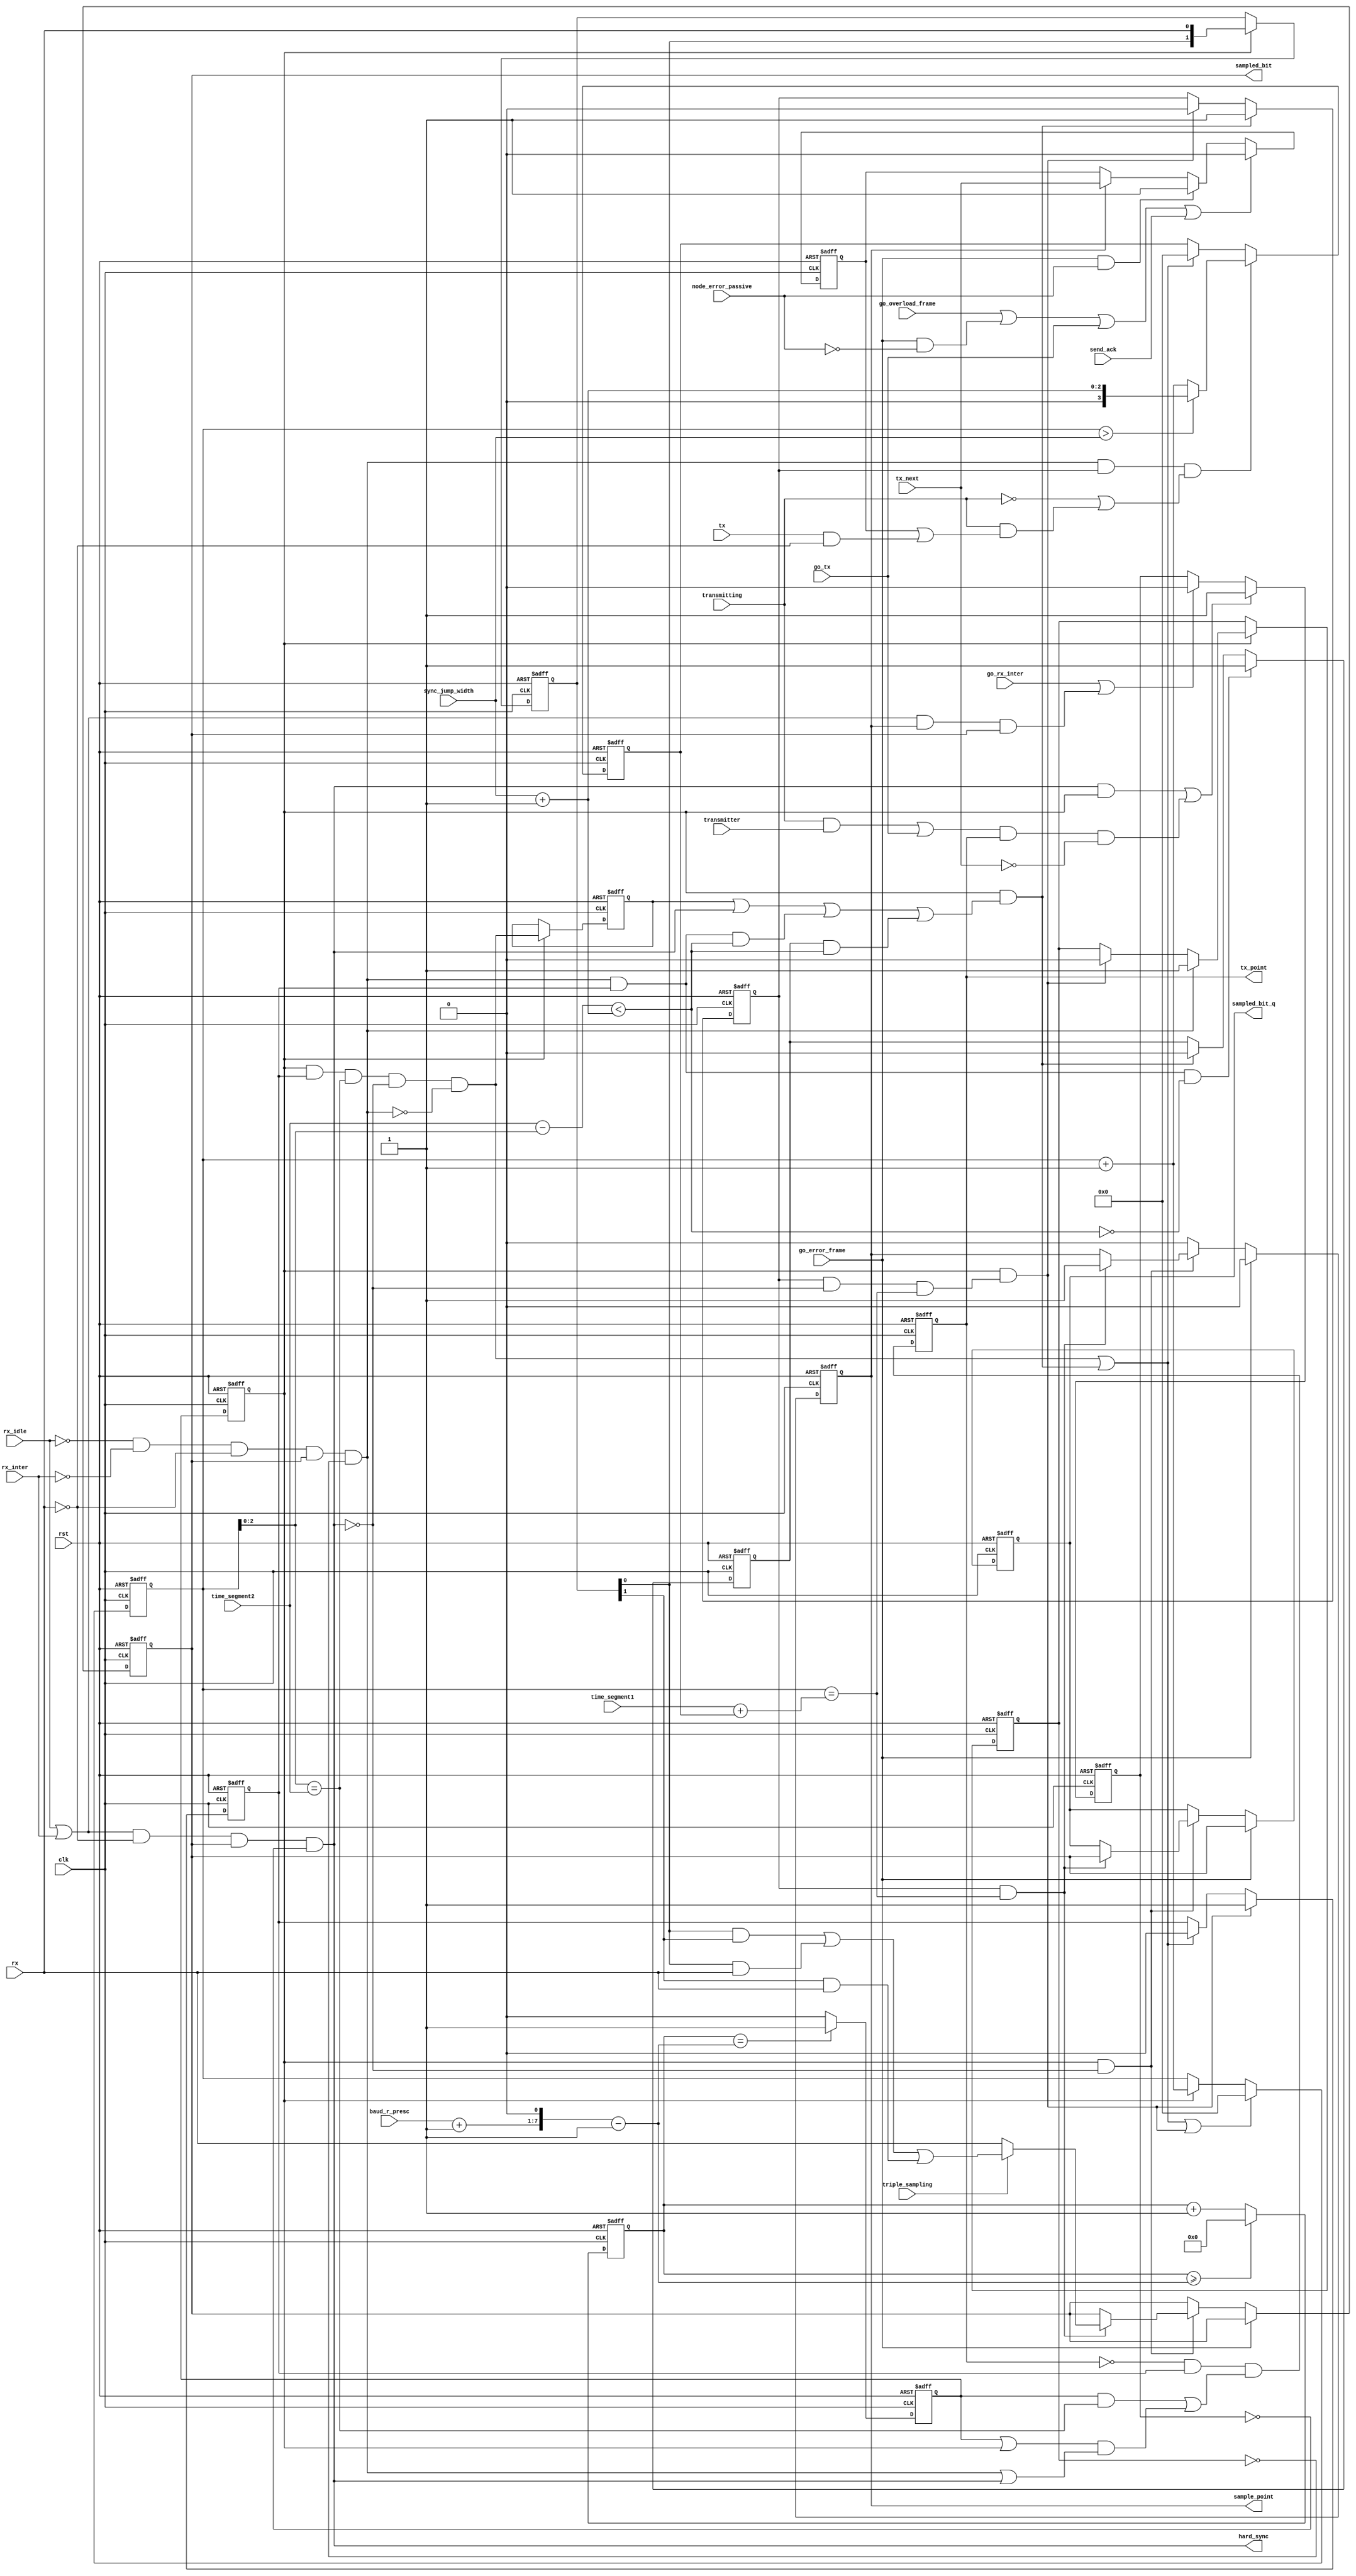
module can_btl
( 
  clk,
  rst,
  rx,
  tx,

  /* Bus Timing 0 register */
  baud_r_presc,
  sync_jump_width,

  /* Bus Timing 1 register */
  time_segment1,
  time_segment2,
  triple_sampling,

  /* Output signals from this module */
  sample_point,
  sampled_bit,
  sampled_bit_q,
  tx_point,
  hard_sync,
  
  /* Output from can_bsp module */
  rx_idle,
  rx_inter,
  transmitting,
  transmitter,
  go_rx_inter,
  tx_next,

  go_overload_frame,
  go_error_frame,
  go_tx,
  send_ack,
  node_error_passive
);

parameter Tp = 1;

input         clk;
input         rst;
input         rx;
input         tx;


/* Bus Timing 0 register */
input   [5:0] baud_r_presc;
input   [1:0] sync_jump_width;

/* Bus Timing 1 register */
input   [3:0] time_segment1;
input   [2:0] time_segment2;
input         triple_sampling;

/* Output from can_bsp module */
input         rx_idle;
input         rx_inter;
input         transmitting;
input         transmitter;
input         go_rx_inter;
input         tx_next;

input         go_overload_frame;
input         go_error_frame;
input         go_tx;
input         send_ack;
input         node_error_passive;

/* Output signals from this module */
output        sample_point;
output        sampled_bit;
output        sampled_bit_q;
output        tx_point;
output        hard_sync;

reg     [6:0] clk_cnt;
reg           clk_en;
reg           clk_en_q;
reg           sync_blocked;
reg           hard_sync_blocked;
reg           sampled_bit;
reg           sampled_bit_q;
reg     [3:0] quant_cnt;
reg     [3:0] delay;
reg           sync;
reg           seg1;
reg           seg2;
reg           resync_latched;
reg           sample_point;
reg     [1:0] sample;
reg           tx_point;
reg           tx_next_sp;

wire          go_sync;
wire          go_seg1;
wire          go_seg2;
wire [7:0]    preset_cnt;
wire          sync_window;
wire          resync;


assign preset_cnt = (baud_r_presc + 1'b1)<<1;        // (BRP+1)*2
assign hard_sync  =   (rx_idle | rx_inter)    & (~rx) & sampled_bit & (~hard_sync_blocked);  // Hard synchronization
assign resync     =  (~rx_idle) & (~rx_inter) & (~rx) & sampled_bit & (~sync_blocked);       // Re-synchronization



/* Generating general enable signal that defines baud rate. */
always @ (posedge clk or posedge rst)
begin
  if (rst)
    clk_cnt <= 7'h0;
  else if (clk_cnt >= (preset_cnt-1'b1))
    clk_cnt <=#Tp 7'h0;
  else
    clk_cnt <=#Tp clk_cnt + 1'b1;
end


always @ (posedge clk or posedge rst)
begin
  if (rst)
    clk_en  <= 1'b0;
  else if ({1'b0, clk_cnt} == (preset_cnt-1'b1))
    clk_en  <=#Tp 1'b1;
  else
    clk_en  <=#Tp 1'b0;
end



always @ (posedge clk or posedge rst)
begin
  if (rst)
    clk_en_q  <= 1'b0;
  else
    clk_en_q  <=#Tp clk_en;
end



/* Changing states */
assign go_sync = clk_en_q & seg2 & (quant_cnt[2:0] == time_segment2) & (~hard_sync) & (~resync);
assign go_seg1 = clk_en_q & (sync | hard_sync | (resync & seg2 & sync_window) | (resync_latched & sync_window));
assign go_seg2 = clk_en_q & (seg1 & (~hard_sync) & (quant_cnt == (time_segment1 + delay)));



always @ (posedge clk or posedge rst)
begin
  if (rst)
    tx_point <= 1'b0;
  else
    tx_point <=#Tp ~tx_point & seg2 & (  clk_en & (quant_cnt[2:0] == time_segment2)
                                       | (clk_en | clk_en_q) & (resync | hard_sync)
                                      );    // When transmitter we should transmit as soon as possible.
end



/* When early edge is detected outside of the SJW field, synchronization request is latched and performed when
   SJW is reached */
always @ (posedge clk or posedge rst)
begin
  if (rst)
    resync_latched <= 1'b0;
  else if (resync & seg2 & (~sync_window))
    resync_latched <=#Tp 1'b1;
  else if (go_seg1)
    resync_latched <= 1'b0;
end



/* Synchronization stage/segment */
always @ (posedge clk or posedge rst)
begin
  if (rst)
    sync <= 1'b0;
  else if (clk_en_q)
    sync <=#Tp go_sync;
end


/* Seg1 stage/segment (together with propagation segment which is 1 quant long) */
always @ (posedge clk or posedge rst)
begin
  if (rst)
    seg1 <= 1'b1;
  else if (go_seg1)
    seg1 <=#Tp 1'b1;
  else if (go_seg2)
    seg1 <=#Tp 1'b0;
end


/* Seg2 stage/segment */
always @ (posedge clk or posedge rst)
begin
  if (rst)
    seg2 <= 1'b0;
  else if (go_seg2)
    seg2 <=#Tp 1'b1;
  else if (go_sync | go_seg1)
    seg2 <=#Tp 1'b0;
end


/* Quant counter */
always @ (posedge clk or posedge rst)
begin
  if (rst)
    quant_cnt <= 4'h0;
  else if (go_sync | go_seg1 | go_seg2)
    quant_cnt <=#Tp 4'h0;
  else if (clk_en_q)
    quant_cnt <=#Tp quant_cnt + 1'b1;
end


/* When late edge is detected (in seg1 stage), stage seg1 is prolonged. */
always @ (posedge clk or posedge rst)
begin
  if (rst)
    delay <= 4'h0;
  else if (resync & seg1 & (~transmitting | transmitting & (tx_next_sp | (tx & (~rx)))))  // when transmitting 0 with positive error delay is set to 0
    delay <=#Tp (quant_cnt > {2'h0, sync_jump_width})? ({2'h0, sync_jump_width} + 1'b1) : (quant_cnt + 1'b1);
  else if (go_sync | go_seg1)
    delay <=#Tp 4'h0;
end


// If early edge appears within this window (in seg2 stage), phase error is fully compensated
assign sync_window = ((time_segment2 - quant_cnt[2:0]) < ( sync_jump_width + 1'b1));


// Sampling data (memorizing two samples all the time).
always @ (posedge clk or posedge rst)
begin
  if (rst)
    sample <= 2'b11;
  else if (clk_en_q)
    sample <= {sample[0], rx};
end


// When enabled, tripple sampling is done here.
always @ (posedge clk or posedge rst)
begin
  if (rst)
    begin
      sampled_bit <= 1'b1;
      sampled_bit_q <= 1'b1;
      sample_point <= 1'b0;
    end
  else if (go_error_frame)
    begin
      sampled_bit_q <=#Tp sampled_bit;
      sample_point <=#Tp 1'b0;
    end
  else if (clk_en_q & (~hard_sync))
    begin
      if (seg1 & (quant_cnt == (time_segment1 + delay)))
        begin
          sample_point <=#Tp 1'b1;
          sampled_bit_q <=#Tp sampled_bit;
          if (triple_sampling)
            sampled_bit <=#Tp (sample[0] & sample[1]) | ( sample[0] & rx) | (sample[1] & rx);
          else
            sampled_bit <=#Tp rx;
        end
    end
  else
    sample_point <=#Tp 1'b0;
end


// tx_next_sp shows next value that will be driven on the TX. When driving 1 and receiving 0 we
// need to synchronize (even when we are a transmitter)
always @ (posedge clk or posedge rst)
begin
  if (rst)
    tx_next_sp <= 1'b0;
  else if (go_overload_frame | (go_error_frame & (~node_error_passive)) | go_tx | send_ack)
    tx_next_sp <=#Tp 1'b0;
  else if (go_error_frame & node_error_passive)
    tx_next_sp <=#Tp 1'b1;
  else if (sample_point)
    tx_next_sp <=#Tp tx_next;
end



/* Blocking synchronization (can occur only once in a bit time) */

always @ (posedge clk or posedge rst)
begin
  if (rst)
    sync_blocked <=#Tp 1'b1;
  else if (clk_en_q)
    begin
      if (resync)
        sync_blocked <=#Tp 1'b1;
      else if (go_seg2)
        sync_blocked <=#Tp 1'b0;
    end
end


/* Blocking hard synchronization when occurs once or when we are transmitting a msg */
always @ (posedge clk or posedge rst)
begin
  if (rst)
    hard_sync_blocked <=#Tp 1'b0;
  else if (hard_sync & clk_en_q | (transmitting & transmitter | go_tx) & tx_point & (~tx_next))
    hard_sync_blocked <=#Tp 1'b1;
  else if (go_rx_inter | (rx_idle | rx_inter) & sample_point & sampled_bit)  // When a glitch performed synchronization
    hard_sync_blocked <=#Tp 1'b0;
end





endmodule